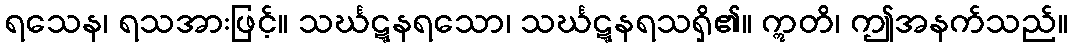
ရသေန၊ ရသအားဖြင့်။ သင်္ဃဋ္ဋနရသော၊ သင်္ဃဋ္ဋနရသရှိ၏။ ဣတိ၊ ဤအနက်သည်။